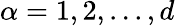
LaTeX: \alpha=1,2,...,d